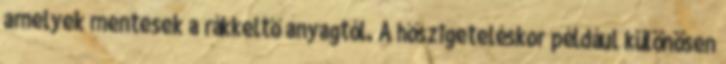
amelyek mentesek a rákkeltő anyagtól. A hőszigeteléskor például különösen